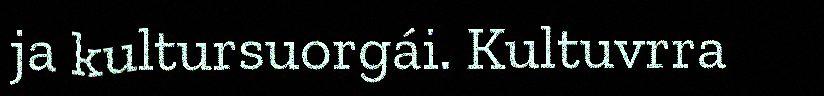
ja kultursuorgái. Kultuvrra